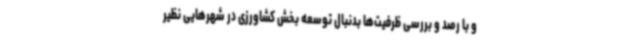
و با رصد و بررسی ظرفیت‌ها بدنبال توسعه بخش کشاورزی در شهرهایی نظیر